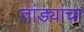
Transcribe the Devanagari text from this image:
तांड्यांचा